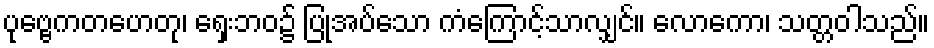
ပုဗ္ဗေကတဟေတု၊ ရှေးဘဝ၌ ပြုအပ်သော ကံကြောင့်သာလျှင်။ လောကော၊ သတ္တဝါသည်။